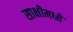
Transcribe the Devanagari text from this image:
साक्षीमध्ये